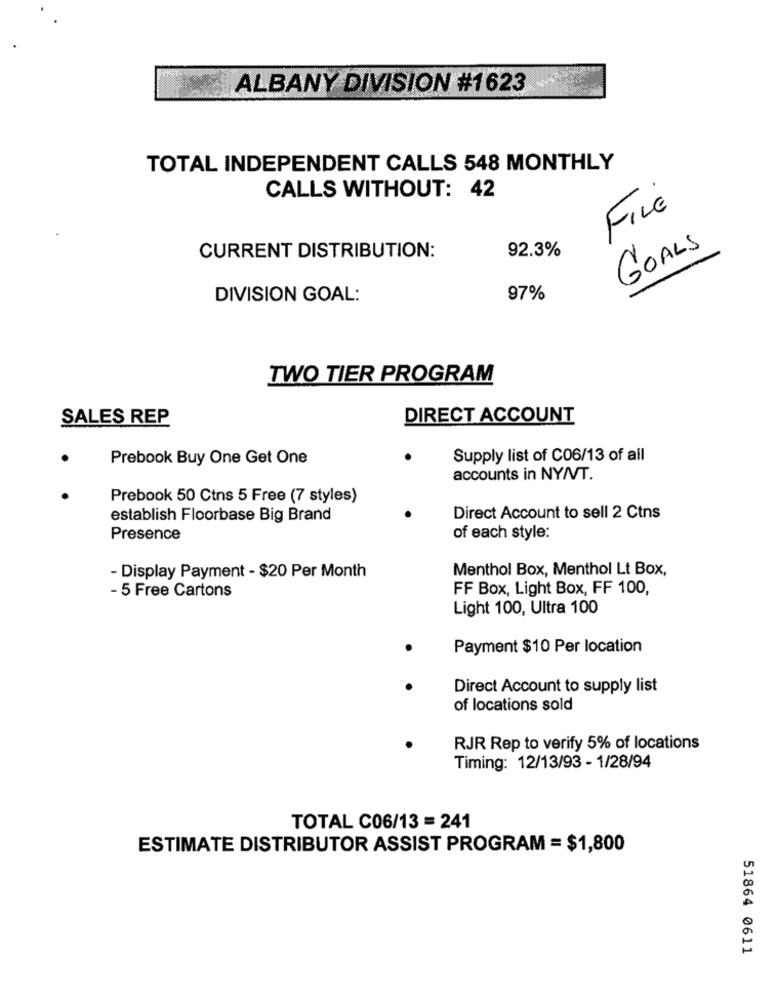
ALBANY DIVISION #1623
TOTAL INDEPENDENT CALLS 548 MONTHLY
CALLS WITHOUT: 42
FILE
92.3%
GOALS
CURRENT DISTRIBUTION:
DIVISION GOAL:
97%
TWO TIER PROGRAM
SALES REP
DIRECT ACCOUNT
Prebook Buy One Get One
Supply list of C06/13 of all
accounts in NY/VT.
Prebook 50 Ctns 5 Free (7 styles)
establish Floorbase Big Brand
Direct Account to sell 2 Ctns
Presence
of each style:
Menthol Box, Menthol Lt Box,
- Display Payment - $20 Per Month
FF Box, Light Box, FF 100,
- 5 Free Cartons
Light 100, Ultra 100
Payment $10 Per location
Direct Account to supply list
of locations sold
RJR Rep to verify 5% of locations
Timing: 12/13/93 - 1/28/94
TOTAL C06/13 = 241
ESTIMATE DISTRIBUTOR ASSIST PROGRAM = $1,800
51864 0611